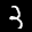
Label: 3